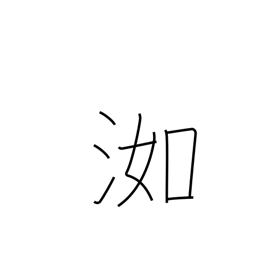
Meaning: wet